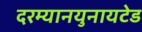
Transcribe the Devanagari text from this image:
दरम्यानयुनायटेड